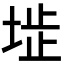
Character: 𡍍